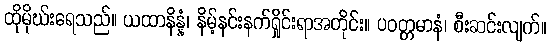
ထိုမိုဃ်းရေသည်။ ယထာနိန္နံ၊ နိမ့်နင်းနက်ရှိုင်းရာအတိုင်း။ ပဝတ္တမာနံ၊ စီးဆင်းလျက်။